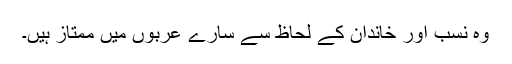
وہ نسب اور خاندان کے لحاظ سے سارے عربوں میں ممتاز ہیں۔